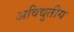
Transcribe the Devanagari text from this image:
अविद्युतीय